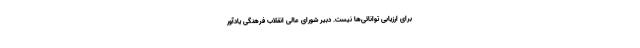
برای ارزیابی توانائی‌ها نیست. دبیر شورای عالی انقلاب فرهنگی یادآور